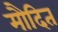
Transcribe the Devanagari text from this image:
मौदित